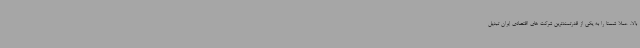
بالا، عملا شستا را به یکی از قدرتمندترین شرکت های اقتصادی ایران تبدیل